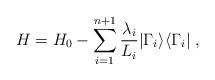
LaTeX: \begin{align*}H= H_0 - \sum_{i=1}^{n+1} {\lambda_i \over L_i} | \Gamma_i \rangle \langle \Gamma_i | \;,\end{align*}